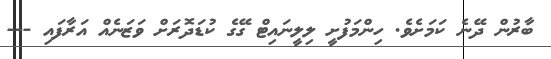
ބާރުން ދޭނެ ކަމަށެވެ. ހިންމަފުށީ ލިލީނައިޓް ގޭގެ ކުޑަދޮރަށް ވަޒަނެއް އަރާފައި ---